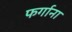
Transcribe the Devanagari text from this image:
फर्गाना